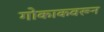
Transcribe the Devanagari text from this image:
गोकाकवरून